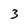
Character: 3